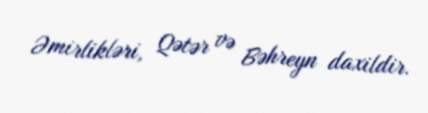
Əmirlikləri, Qətər və Bəhreyn daxildir.